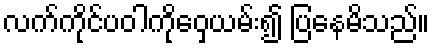
လက်ကိုင်ပဝါကိုဝှေ့ယမ်း၍ ပြနေမိသည်။